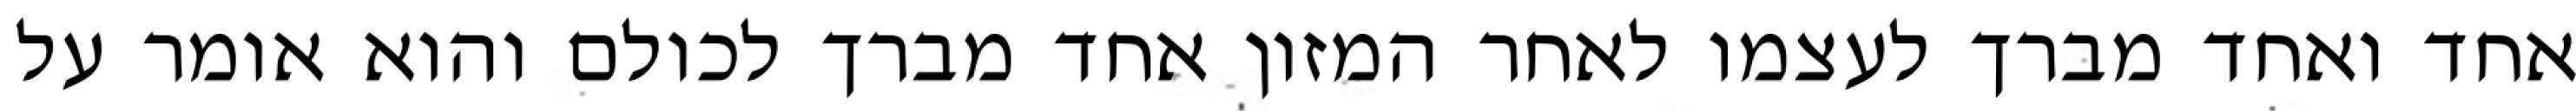
אחד ואחד מברך לעצמו לאחר המזון אחד מברך לכולם והוא אומר על